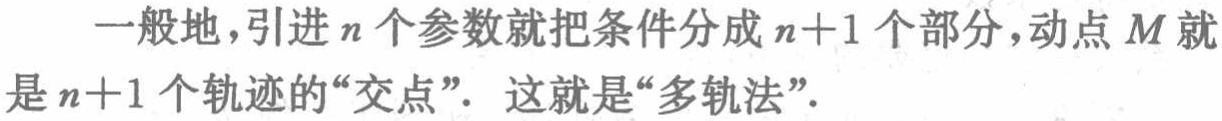
一般地，引进\(n\)个参数就把条件分成\(n + 1\)个部分，动点\(M\)就是\(n + 1\)个轨迹的“交点”。 这就是“多轨法”。